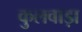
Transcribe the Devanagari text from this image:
कुलवाड़ा